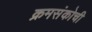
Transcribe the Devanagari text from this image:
क्रमसंकोची